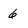
Character: 6